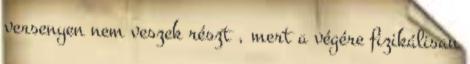
versenyen nem veszek részt , mert a végére fizikálisan